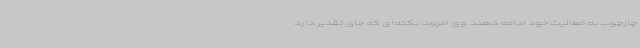
چارچوب به فعالیت خود ادامه دهند. وی افزود: نکته‌ای که جای تقدیر دارد